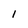
Character: 1